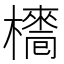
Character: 𣝿